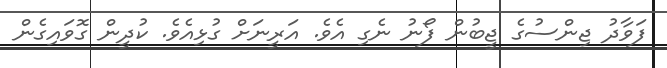
ފަވާދު ޖިންސުގެ ޖީބުން ފޯނު ނެގި އެވެ. އަރީނަށް ގުޅިއެވެ. ކުދީން ގޮވައިގެން